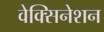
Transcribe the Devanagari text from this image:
वेक्सिनेशन